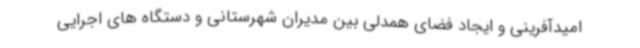
امیدآفرینی و ایجاد فضای همدلی بین مدیران شهرستانی و دستگاه های اجرایی